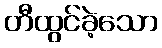
တီထွင်ခဲ့သော